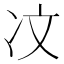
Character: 𪞙